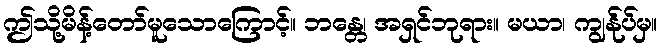
ဤသို့မိန့်တော်မူသောကြောင့်။ ဘန္တေ၊ အရှင်ဘုရား။ မယာ၊ ကျွန်ုပ်မှ။